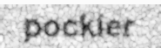
pockier